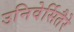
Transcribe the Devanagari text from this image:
उनिवेर्सितैरे